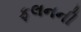
ફલનની